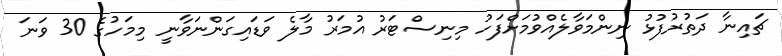
ޗައިނާ ދަތުރުފުޅު ނިންމަވާލެއްވުމަށްފަހު މިނިސްޓަރު އުމަރު މާލެ ވަޑައިގަންނަވާނީ މިމަހުގެ 30 ވަނަ